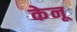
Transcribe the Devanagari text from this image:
केनू